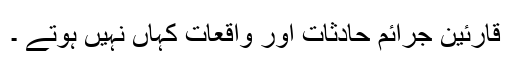
قارئین جرائم حادثات اور واقعات کہاں نہیں ہوتے ۔